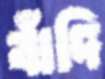
বাঁদি